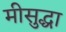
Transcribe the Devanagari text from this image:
मीसुद्धा